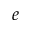
^ { e }